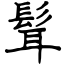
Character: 髶